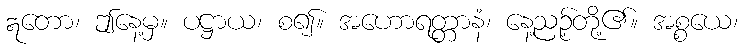
ဣတော၊ ဤနေ့မှ။ ပဋ္ဌာယ၊ စ၍။ အဟောရတ္တာနံ၊ နေ့ညဉ့်တို့၏။ အစ္စယေ၊